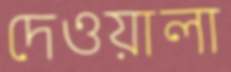
দেওয়ালা